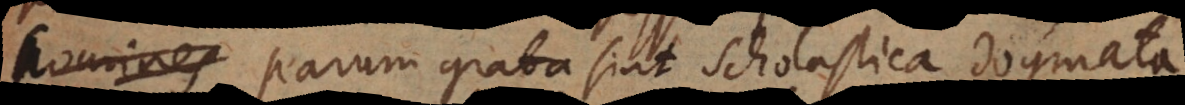
homines parum grata sint Scholastica dogmata